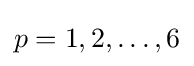
p=1,2,\ldots ,6